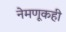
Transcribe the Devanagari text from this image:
नेमणूकही